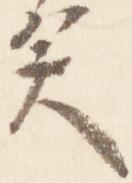
矣